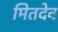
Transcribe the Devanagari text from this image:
मितदेव